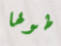
طولها